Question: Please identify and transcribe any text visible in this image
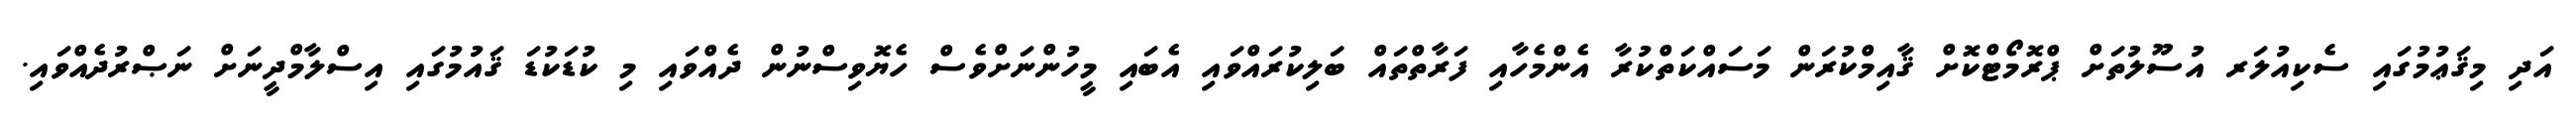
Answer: އަދި މިޤަޢުމުގައި ސެކިއުލަރ އުސޫލުތަށް ޕްރޮމޯޓްކޮށް ޤާއިމްކުރަން މަސައްކަތްކުރާ އެންމެހާއި ފަރާތްތައް ބަލިކުރައްވައި އެބައި މީހުންނަށްވެސް ހެޔޮވިސްނުން ދެއްވައި މި ކުޑަކުޑަ ޤައުމުގައި އިސްލާމްދީނަށް ނަޞްރުދެއްވައި.